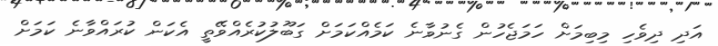
އަދި ދިވެހި މިބިމަަށް ހަމަޖެހުން ގެނުވާނެ ކަމެއްކަމަށް ގަބޫލުކުރެއްވޭތީ އެކަން ކުރައްވާނެ ކަމަށް